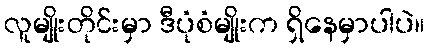
လူမျိုးတိုင်းမှာ ဒီပုံစံမျိုးက ရှိနေမှာပါပဲ။